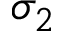
\sigma _ { 2 }